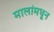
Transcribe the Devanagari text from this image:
मालांमधून